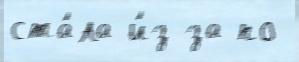
ста́ла и́з-за по